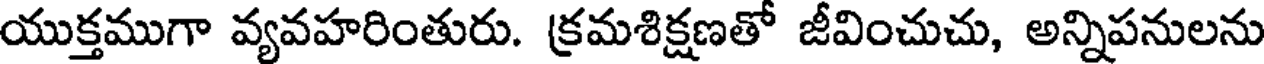
యుక్తముగా వ్యవహరింతురు. క్రమశిక్షణతో జీవించుచు, అన్నిపనులను